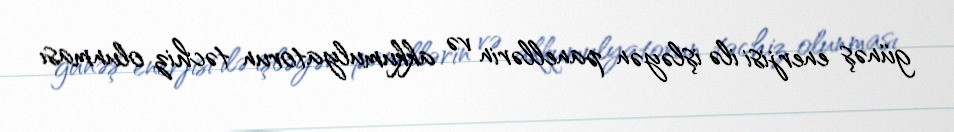
günəş enerjisi ilə işləyən panellərin və akkumulyatorun təchiz olunması